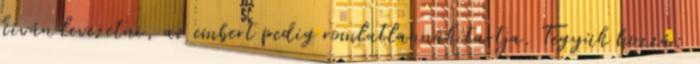
kíván levezetni, az embert pedig romlatlannak tartja. Tegyük hozzá: